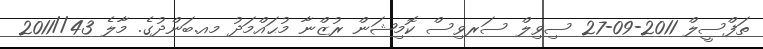
ތަފްސީލް 2011-09-27 ސިވިލް ސަރވިސް ކޮމިޝަން ރުޒްނާ މުޙައްމަދު މއ.ބަންދުގެ. މާލެ 43//2011